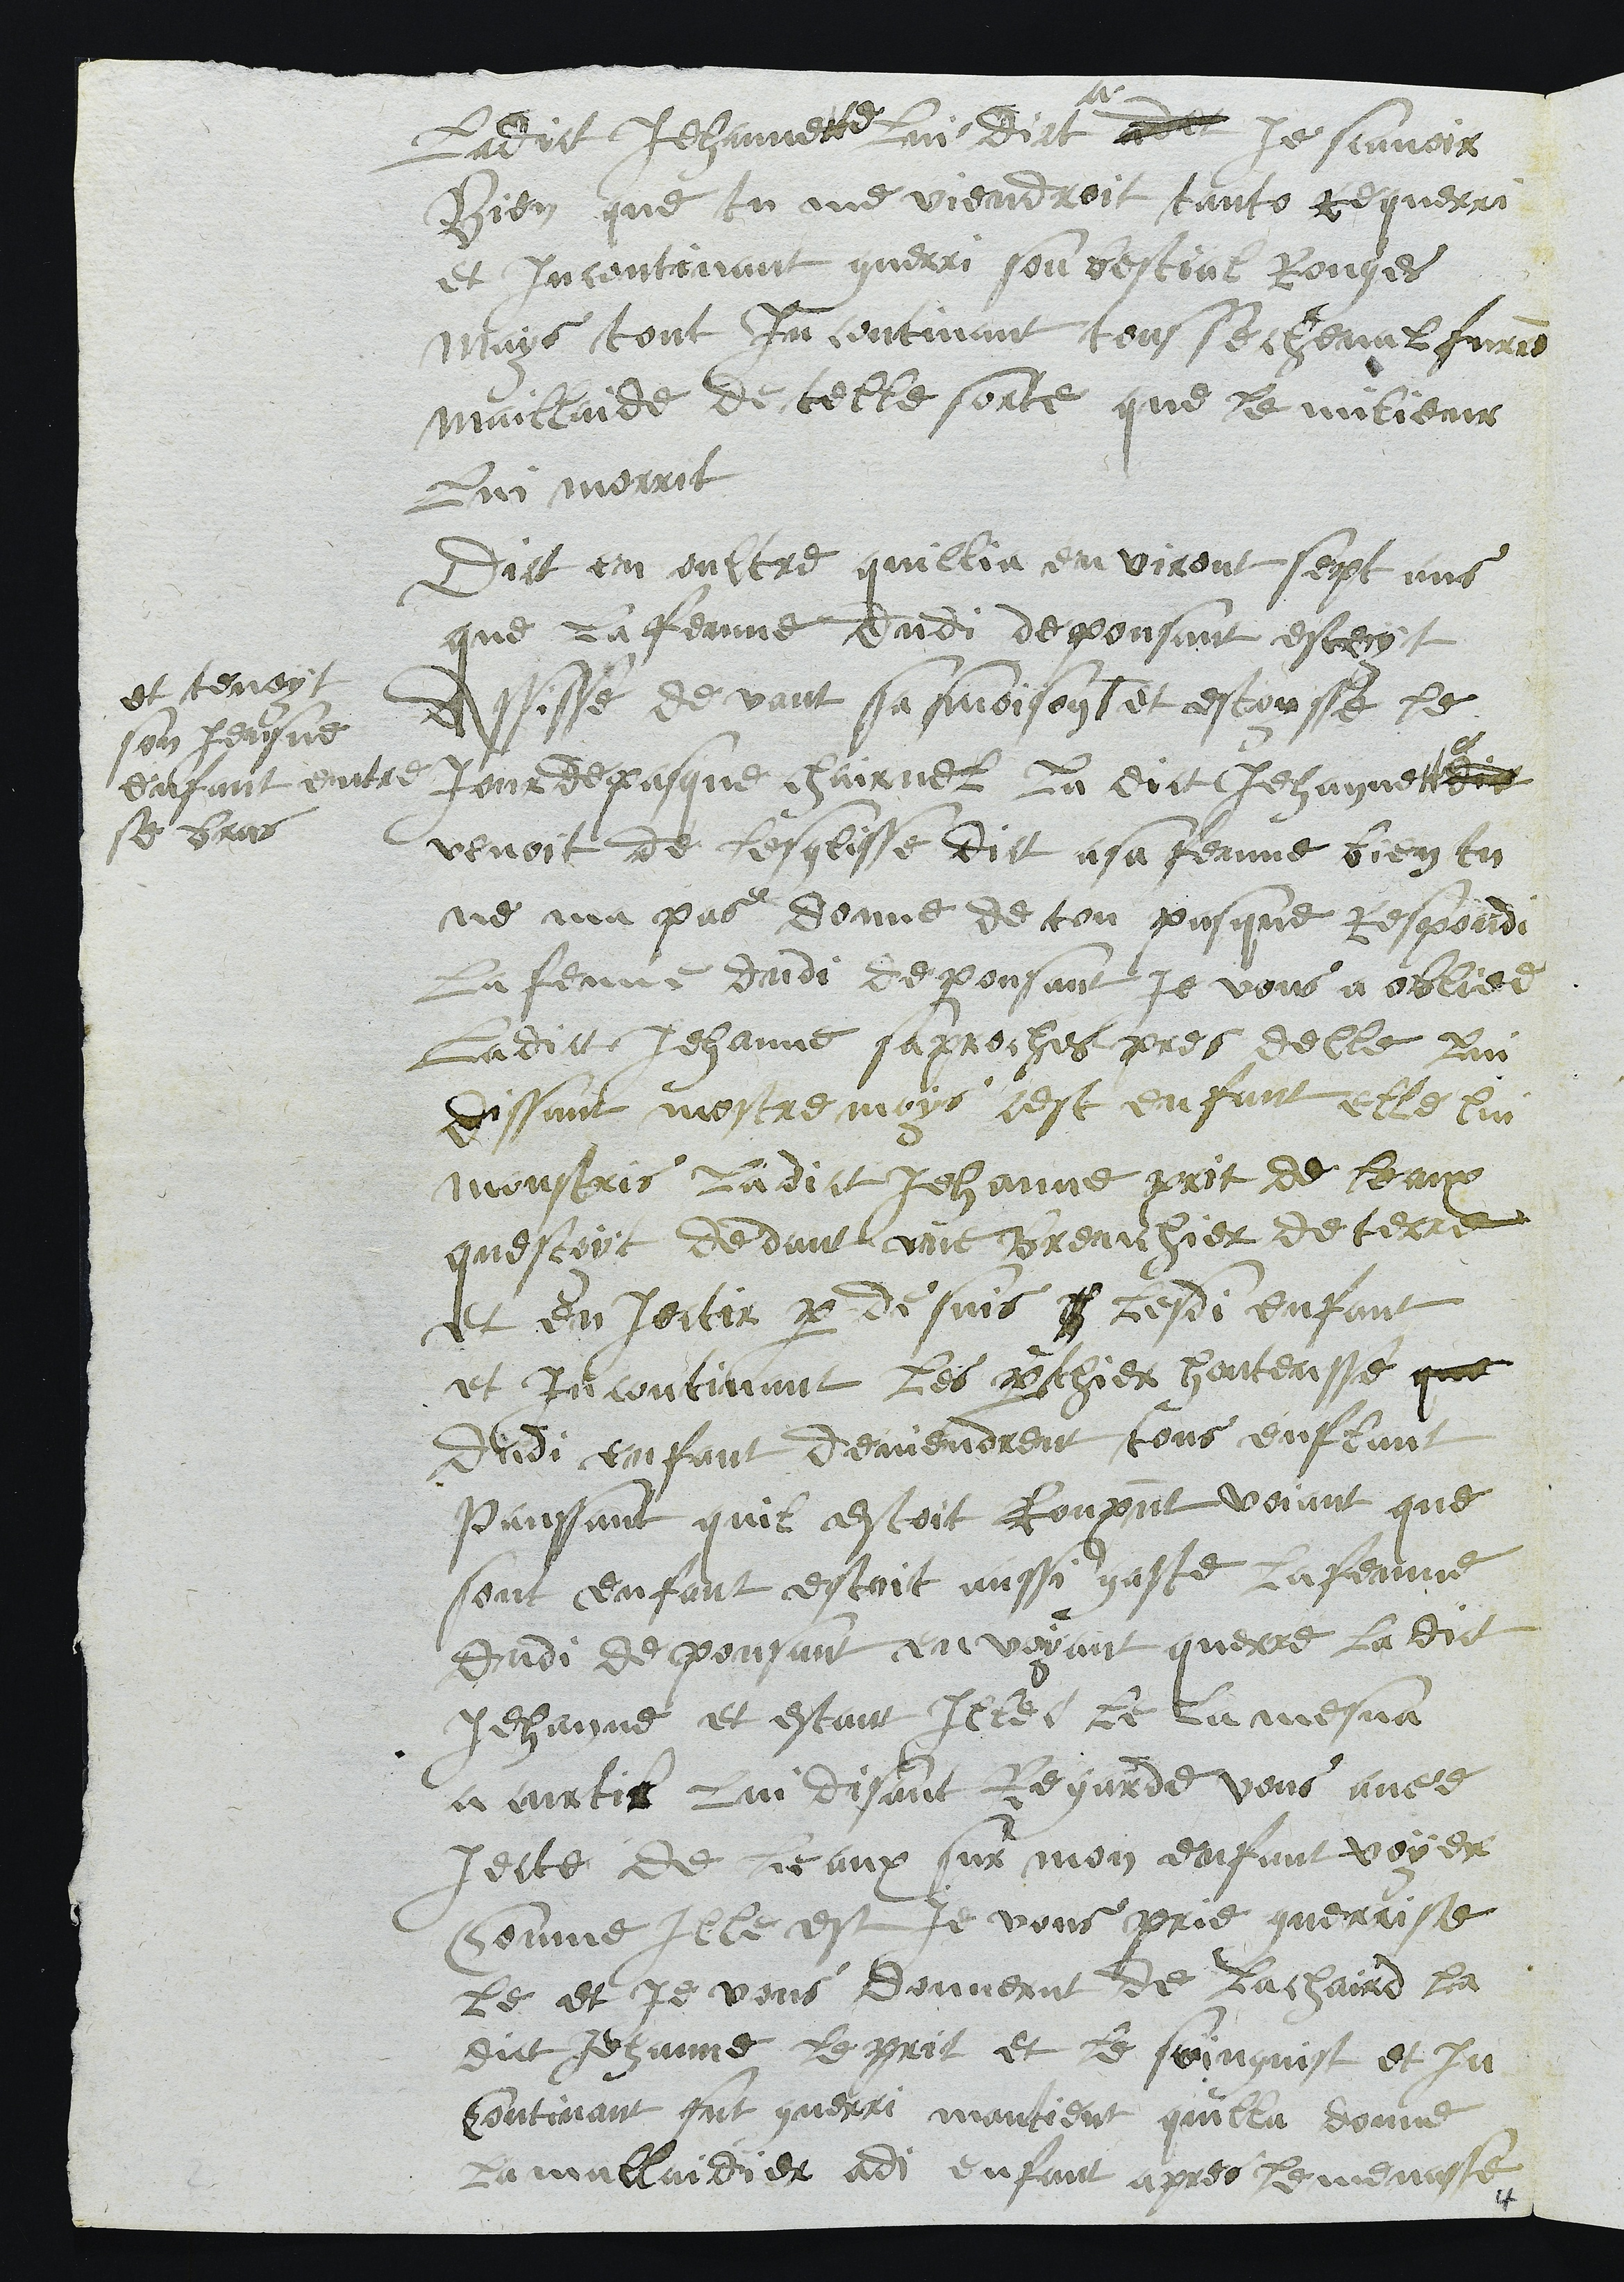
Ladict Jehannette lui dict ade Je scavoir
Bien que tu me viendroit tanto requerri
et incontinant guerri son bestial Rouges
mais tout incontinant tousse cheval furent
maillaide de telle sorte que le milieur
Lui morrit
Dict en oultre quillia environt sept ans
que la femme dudi depousant estoyt
Assisse devant sa moison #
et tenoyt
son Jeusne
enfant entre
se bras
et estoysse le
jour de pasque chairnel la dict Jehannette
venoit de lesglisse dict a sa femme bien tu
ne ma pas donne de ton pasque respondi
La femme dudi depousant je vous a obliee
Ladict Jehanne saproches pres delle lui
dissant mostre moys cest enfant elle lui
monstris ladict Jehanne prit de leaux
questoyt dedans une breuchier de terre
et en jectir par de suis h lesdi enfant
et incontinant les parthier honteusse que
dudi enfant deviendrent tous enflant
panssant quil estoit ronput voiant que
sont enfant estoit aussi gaste la femme
dudi depousant envoyant querre ladict
Jehanne et estant Illec le la mesna
a curtil lui disant Regarde vous avee
jecte de leaux sur mon enfans voyer
Comme Ille est je vous prie guerrisse
le et je vous donnerat de la chaird la
dict Jehanne le prit et le soingnist et In
Continant fut guerri mantient quilla donne
La mallaidier adi enfant apres le menasse
4